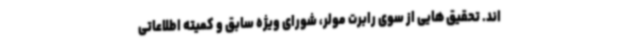
اند. تحقیق هایی از سوی رابرت مولر، شورای ویژه سابق و کمیته اطلاعاتی